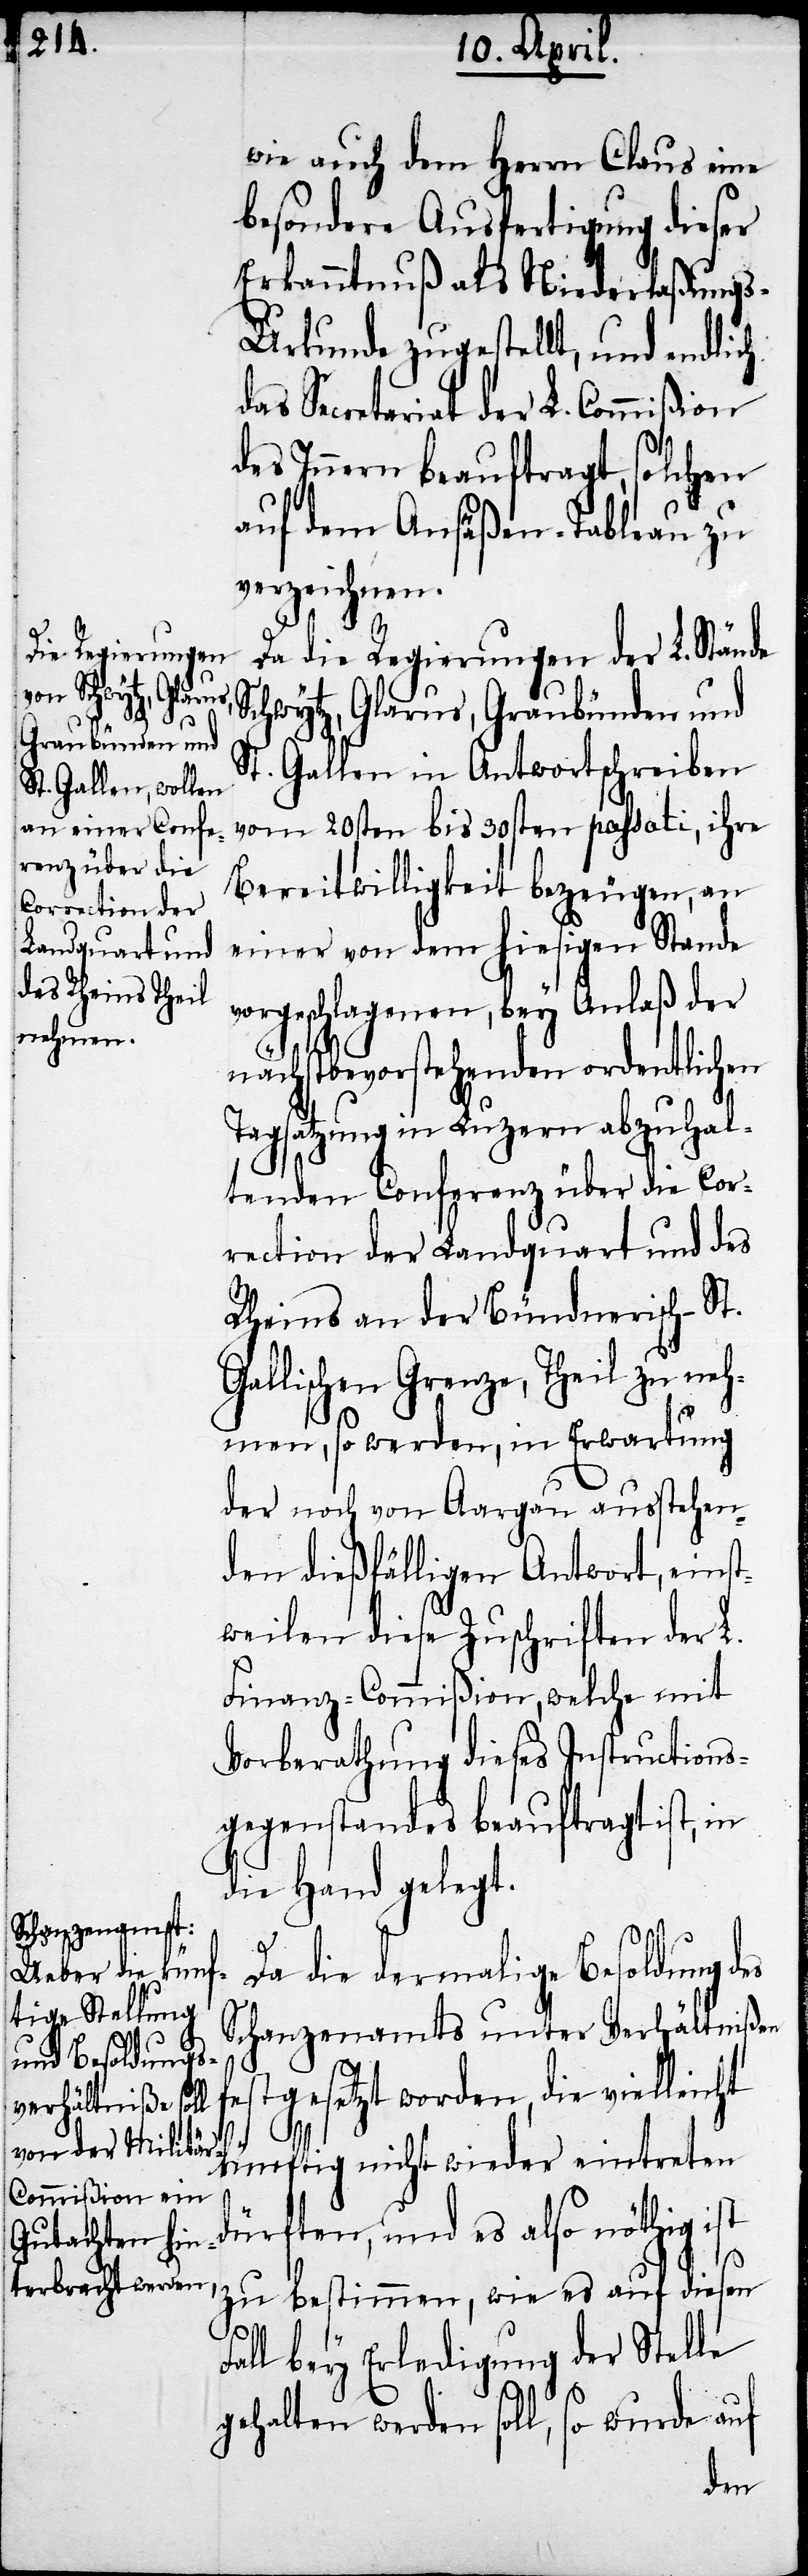
wie auch dem Herrn Claus eine
besondere Ausfertigung dieser
Erkanntnuß als Niederlaßung¬
s-Urkunde zugestellt, und endlich
das Secretariat der L. Commißion
des Innern beautragt, solchen
auf dem Ansäßen-Tableau zu
verzeichnen.
Da die Regierungen der L. Stände
Schwytz, Glarus, Graubünden und
St. Gallen in Antwortschreiben
vom 20sten bis 30sten passati, ihre
Bereitwilligkeit bezeugen, an
einer von dem hiesigen Stande
vorgeschlagenen, bey Anlaß der
nächstbevorstehenden ordentlichen
Tagsatzung in Luzern abzuhal¬
tenden Conferenz über die Cor¬
rection der Landquart und des
Rheins an der Bünderisch-St.
Gallischen Grenze, Theil zu neh¬
men, so werden, in Erwartung
der noch von Aargau austehen¬
den dießfälligen Antwort, einst¬
weilen diese Zuschriften der L.
Finanz-Commißion, welche mit
Vorberathung dieses Instructions¬
gegenstandes beauftragt ist, in
die Hand gelegt.
Da die dermalige Besoldung des
Schanzenamts unter Verhältnißen
stgesetzt worden, die vielleicht
künftig nicht wieder eintreten
ürften, und es also nöthig ist
zu bestimmen, wie es auf diesen
Fall bey Erledigung der Stelle
d¬
gehalten werden soll, so wurde auf